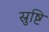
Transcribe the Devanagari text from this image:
स्रुष्टि